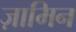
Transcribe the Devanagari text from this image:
ज़ामिन